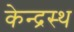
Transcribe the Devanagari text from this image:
केन्द्रस्थ